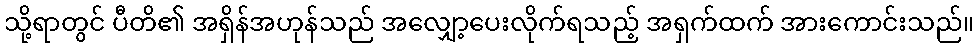
သို့ရာတွင် ပီတိ၏ အရှိန်အဟုန်သည် အလျှော့ပေးလိုက်ရသည့် အရှက်ထက် အားကောင်းသည်။